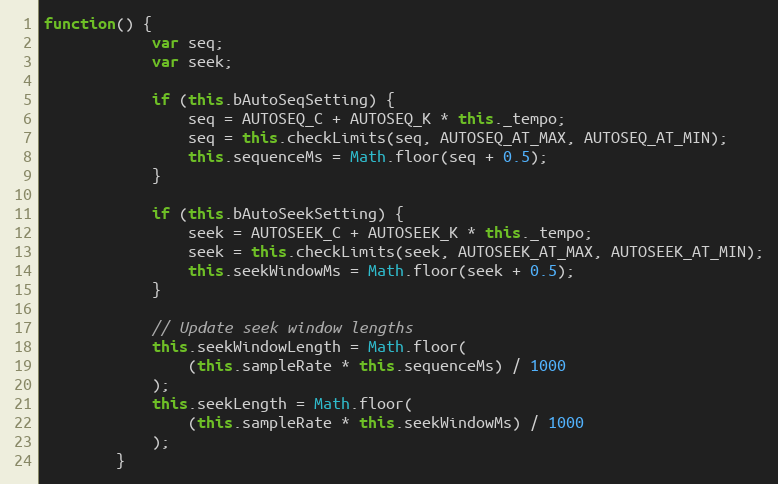
Language: JavaScript
function() {
            var seq;
            var seek;

            if (this.bAutoSeqSetting) {
                seq = AUTOSEQ_C + AUTOSEQ_K * this._tempo;
                seq = this.checkLimits(seq, AUTOSEQ_AT_MAX, AUTOSEQ_AT_MIN);
                this.sequenceMs = Math.floor(seq + 0.5);
            }

            if (this.bAutoSeekSetting) {
                seek = AUTOSEEK_C + AUTOSEEK_K * this._tempo;
                seek = this.checkLimits(seek, AUTOSEEK_AT_MAX, AUTOSEEK_AT_MIN);
                this.seekWindowMs = Math.floor(seek + 0.5);
            }

            // Update seek window lengths
            this.seekWindowLength = Math.floor(
                (this.sampleRate * this.sequenceMs) / 1000
            );
            this.seekLength = Math.floor(
                (this.sampleRate * this.seekWindowMs) / 1000
            );
        }